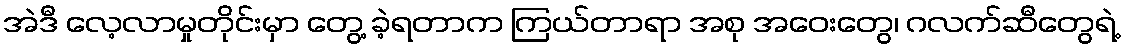
အဲဒီ လေ့လာမှုတိုင်းမှာ တွေ့ ခဲ့ရတာက ကြယ်တာရာ အစု အဝေးတွေ၊ ဂလက်ဆီတွေရဲ့